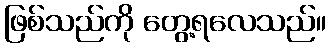
ဖြစ်သည်ကို တွေ့ရလေသည်။